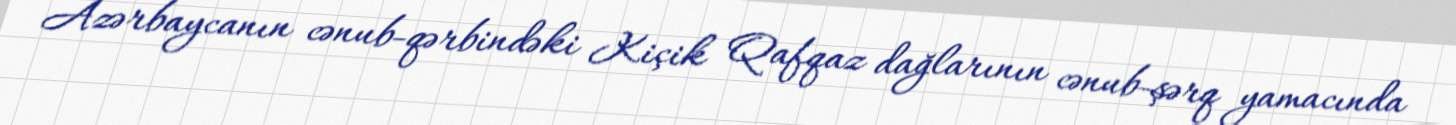
Azərbaycanın cənub-qərbindəki Kiçik Qafqaz dağlarının cənub-şərq yamacında